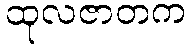
ထုလဇာတက